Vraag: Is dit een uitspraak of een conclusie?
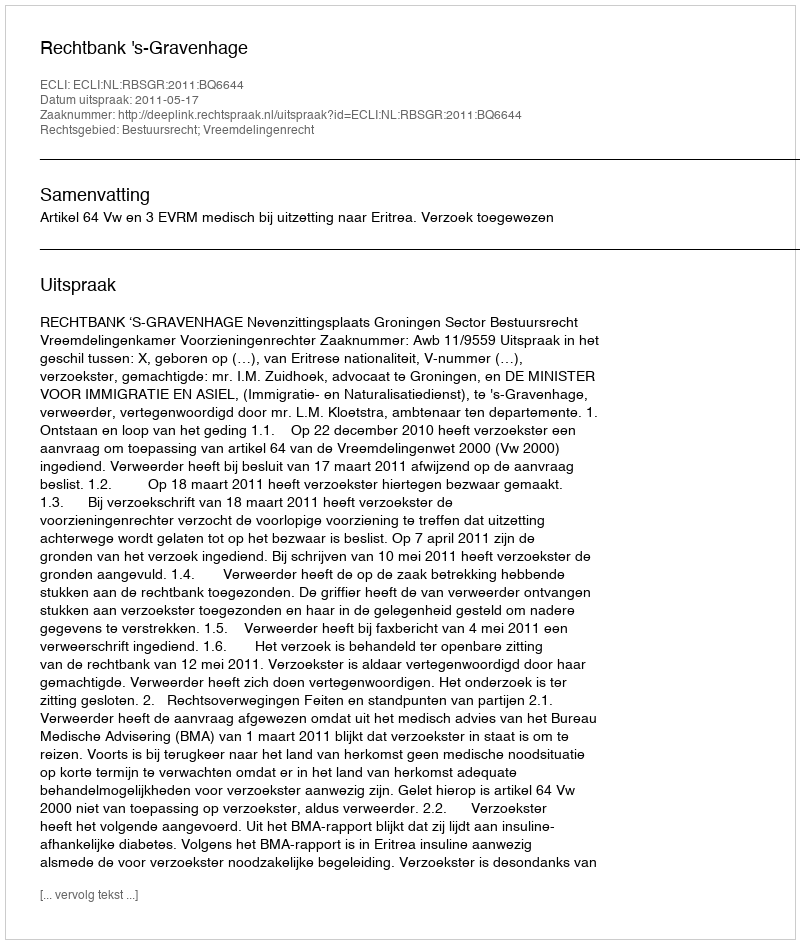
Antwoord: Uitspraak